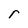
Character: r